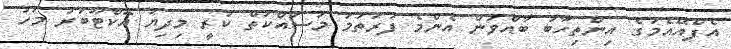
އެފްއޭއެމުގެ އިންތިހާބު ބާއްވަން އެންމެ ފުރަތަމަ މަސައްކަތް ކުރީ މިދިޔަ އޮކްޓޫބަރު މަހު